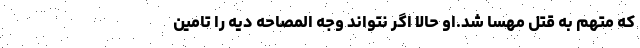
که متهم به قتل مهسا شد.او حالا اگر نتواند وجه المصاحه دیه را تامین